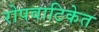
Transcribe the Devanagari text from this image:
रोपवाटिकेत